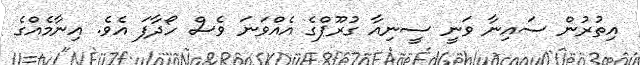
އިތުރުން ސައިނާ ވަނީ ސީނިއާ ގުރޫޕްގެ އެއްވަނަ ވެސް ހޯދާފަ އެވެ. އިނާމެއްގެ